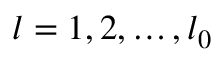
l = 1 , 2 , \ldots , l _ { 0 }